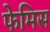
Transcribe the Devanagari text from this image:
फेमिस